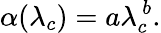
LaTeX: \alpha(\lambda_{c})=a\lambda_{c}^{\, b}.